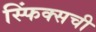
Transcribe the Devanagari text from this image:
स्फिंक्सची